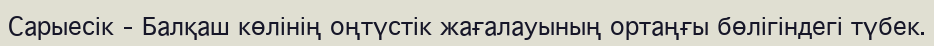
Сарыесік – Балқаш көлінің оңтүстік жағалауының ортаңғы бөлігіндегі түбек.